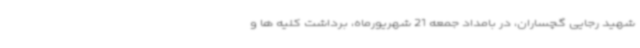
شهید رجایی گچساران، در بامداد جمعه 21 شهریورماه، برداشت کلیه ها و